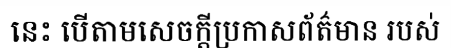
នេះ បើតាមសេចក្តីប្រកាសព័ត៌មាន របស់